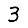
Digit: 3